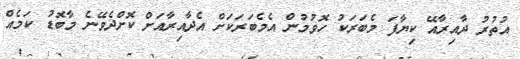
އުތުރު ދާއިރާއޭ ކިޔާފަ މެބަރަކު ހޮވުމުން އެމެބަރަކަށް އެދާއިރާއަށް ކޮށްދެވޭނެ މާބޮޑު ކަމެއް